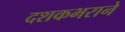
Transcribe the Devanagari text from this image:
दशकभराने